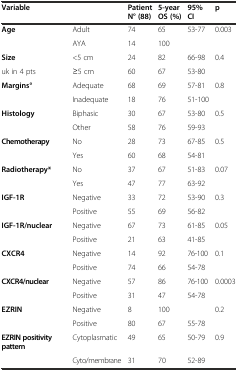
<table><thead><tr><td><b>Variable</b></td><td></td><td><b>Patient N° (88)</b></td><td><b>5-year OS (%)</b></td><td><b>95% CI</b></td><td><b>p</b></td></tr></thead><tbody><tr><td><b>Age</b></td><td>Adult</td><td>74</td><td>65</td><td>53-77</td><td>0.003</td></tr><tr><td></td><td>AYA</td><td>14</td><td>100</td><td></td><td></td></tr><tr><td><b>Size</b></td><td>&lt;5 cm</td><td>24</td><td>82</td><td>66-98</td><td>0.4</td></tr><tr><td>uk in 4 pts</td><td>≥5 cm</td><td>60</td><td>67</td><td>53-80</td><td></td></tr><tr><td><b>Margins°</b></td><td>Adequate</td><td>68</td><td>69</td><td>57-81</td><td>0.8</td></tr><tr><td></td><td>Inadequate</td><td>18</td><td>76</td><td>51-100</td><td></td></tr><tr><td><b>Histology</b></td><td>Biphasic</td><td>30</td><td>67</td><td>53-80</td><td>0.5</td></tr><tr><td></td><td>Other</td><td>58</td><td>76</td><td>59-93</td><td></td></tr><tr><td><b>Chemotherapy</b></td><td>No</td><td>28</td><td>73</td><td>67-85</td><td>0.5</td></tr><tr><td></td><td>Yes</td><td>60</td><td>68</td><td>54-81</td><td></td></tr><tr><td><b>Radiotherapy*</b></td><td>No</td><td>37</td><td>67</td><td>51-83</td><td>0.07</td></tr><tr><td></td><td>Yes</td><td>47</td><td>77</td><td>63-92</td><td></td></tr><tr><td><b>IGF-1R</b></td><td>Negative</td><td>33</td><td>72</td><td>53-90</td><td>0.3</td></tr><tr><td></td><td>Positive</td><td>55</td><td>69</td><td>56-82</td><td></td></tr><tr><td><b>IGF-1R/nuclear</b></td><td>Negative</td><td>67</td><td>73</td><td>61-85</td><td>0.05</td></tr><tr><td></td><td>Positive</td><td>21</td><td>63</td><td>41-85</td><td></td></tr><tr><td><b>CXCR4</b></td><td>Negative</td><td>14</td><td>92</td><td>76-100</td><td>0.1</td></tr><tr><td></td><td>Positive</td><td>74</td><td>66</td><td>54-78</td><td></td></tr><tr><td><b>CXCR4/nuclear</b></td><td>Negative</td><td>57</td><td>86</td><td>76-100</td><td>0.0003</td></tr><tr><td></td><td>Positive</td><td>31</td><td>47</td><td>54-78</td><td></td></tr><tr><td><b>EZRIN</b></td><td>Negative</td><td>8</td><td>100</td><td></td><td>0.2</td></tr><tr><td></td><td>Positive</td><td>80</td><td>67</td><td>55-78</td><td></td></tr><tr><td><b>EZRIN positivity pattern</b></td><td>Cytoplasmatic</td><td>49</td><td>65</td><td>50-79</td><td>0.9</td></tr><tr><td></td><td>Cyto/membrane</td><td>31</td><td>70</td><td>52-89</td><td></td></tr></tbody></table>